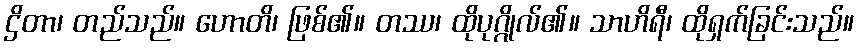
ဌိတာ၊ တည်သည်။ ဟောတိ၊ ဖြစ်၏။ တဿ၊ ထိုပုဂ္ဂိုလ်၏။ သာဟိရီ၊ ထိုရှက်ခြင်းသည်။